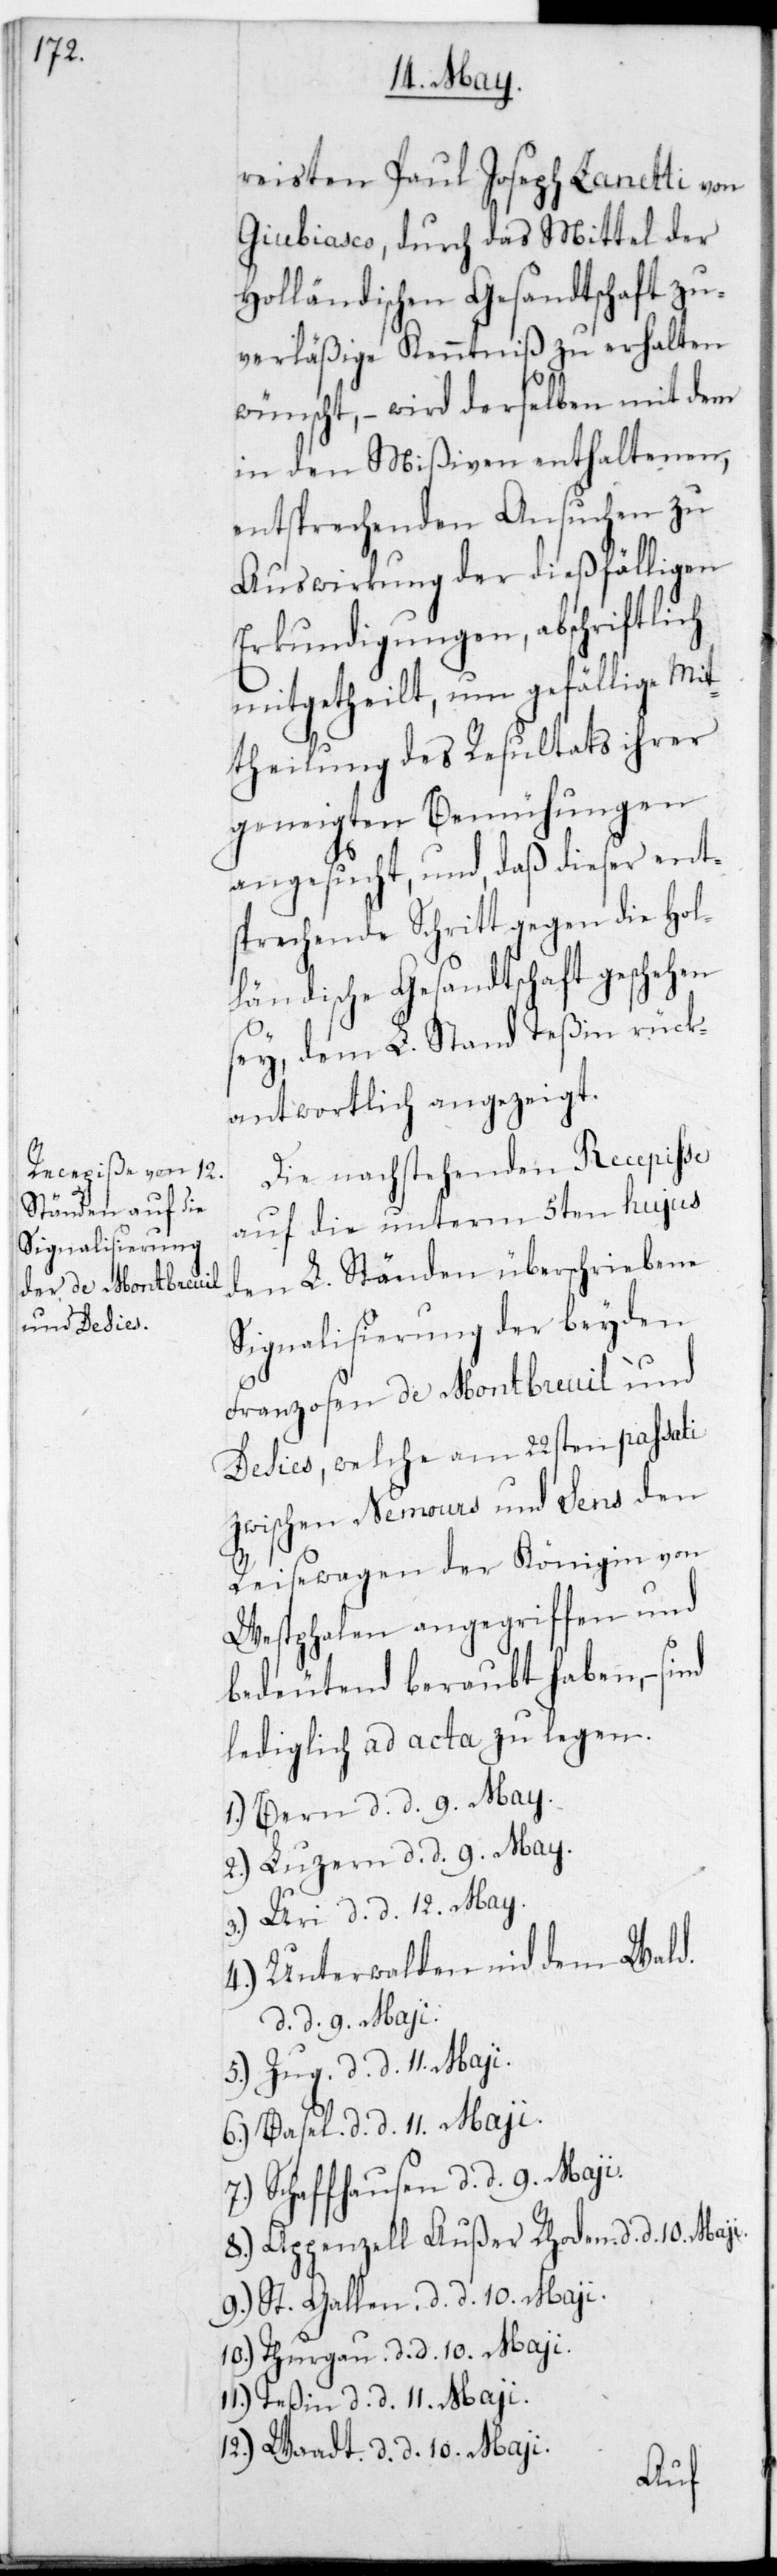
reisten Paul Joseph Zanetti von
Giubiasco, durch das Mittel der
Holländischen Gesandtschaft zu¬
verläßige Kenntniß zu erhalten
wünscht, – wird derselben mit dem
in den Mißiven enthaltenen,
entsprechenden Ansuchen zu
Auswirkung der dießfälligen
Erkundigungen, abschriftlich
mitgetheilt, um gefällige Mit¬
theilung des Resultats ihrer
geneigten Bemühungen
angesucht, und daß dieser ent¬
sprechende Schritt gegen die Hol¬
ländische Gesandtschaft geschehen
sey, dem L. Stand Teßin rück¬
antwortlich angezeigt.
Die nachstehenden Recepiße
auf die unterm 5ten hujus
den L. Ständen überschriebene
Signalisierung der beyden
Franzosen de Montbreuil und
Desies, welche am 22sten passati
zwischen Nemours und Sens den
Reisewagen der Königin von
Westphalen angegriffen und
bedeutend beraubt haben, –
lediglich ad acta zu legen.
1.) Bern, d. d. 9. May.
2.) Luzern, d. d. 9. May.
5.) Zug, d. d. 11. May.
4.) Unterwalden nid dem Wald,
d. d. 9. May.
6.) Basel, d. d. 11. May.
7.) Schaffhausen, d. d. 9. May.
8.) Appenzell Außer Rhoden, d. d. 10. May.
9.) St. Gallen, d. d. 10. May.
10.) Thurgau, d. d. 10. May.
11.) Teßin, d. d. 11. May.
12.) Waadt, d. d. 10. May.